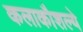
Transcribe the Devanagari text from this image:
कलाकौशल्ये